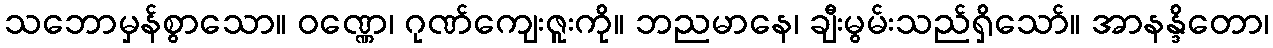
သဘောမှန်စွာသော။ ဝဏ္ဏေ၊ ဂုဏ်ကျေးဇူးကို။ ဘညမာနေ၊ ချီးမွမ်းသည်ရှိသော်။ အာနန္ဒိတော၊